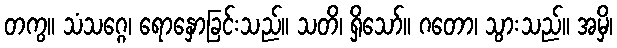
တကွ။ သံသဂ္ဂေ၊ ရောနှောခြင်းသည်။ သတိ၊ ရှိသော်။ ဂတော၊ သွားသည်။ အမှိ၊